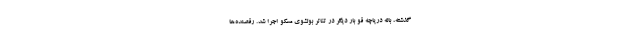
گذشته، باله دریاچه قو بار دیگر در تئاتر بولشوی مسکو اجرا شد. رقصنده‌ها